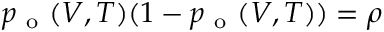
p _ { \mathrm { ~ o ~ } } ( V , T ) ( 1 - p _ { \mathrm { ~ o ~ } } ( V , T ) ) = \rho